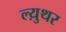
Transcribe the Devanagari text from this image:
ल्य़ुथर